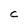
Character: C